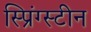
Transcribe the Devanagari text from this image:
स्प्रिंग्स्टीन